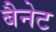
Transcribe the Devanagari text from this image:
बैेनेट